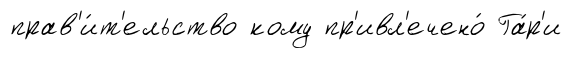
прав'и́т'ельство кому пр'ивл'ечено́ Га́р'и